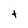
Character: f